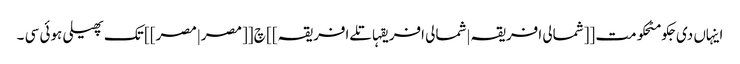
اینہاں دی جکومٹحکومت [[شمالی افریقہ|شمالی افریقہاتلےافریقہ]] چ [[مصر|مصر]] تک پھیلی ہوئی سی ۔